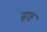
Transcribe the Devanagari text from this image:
स्रव